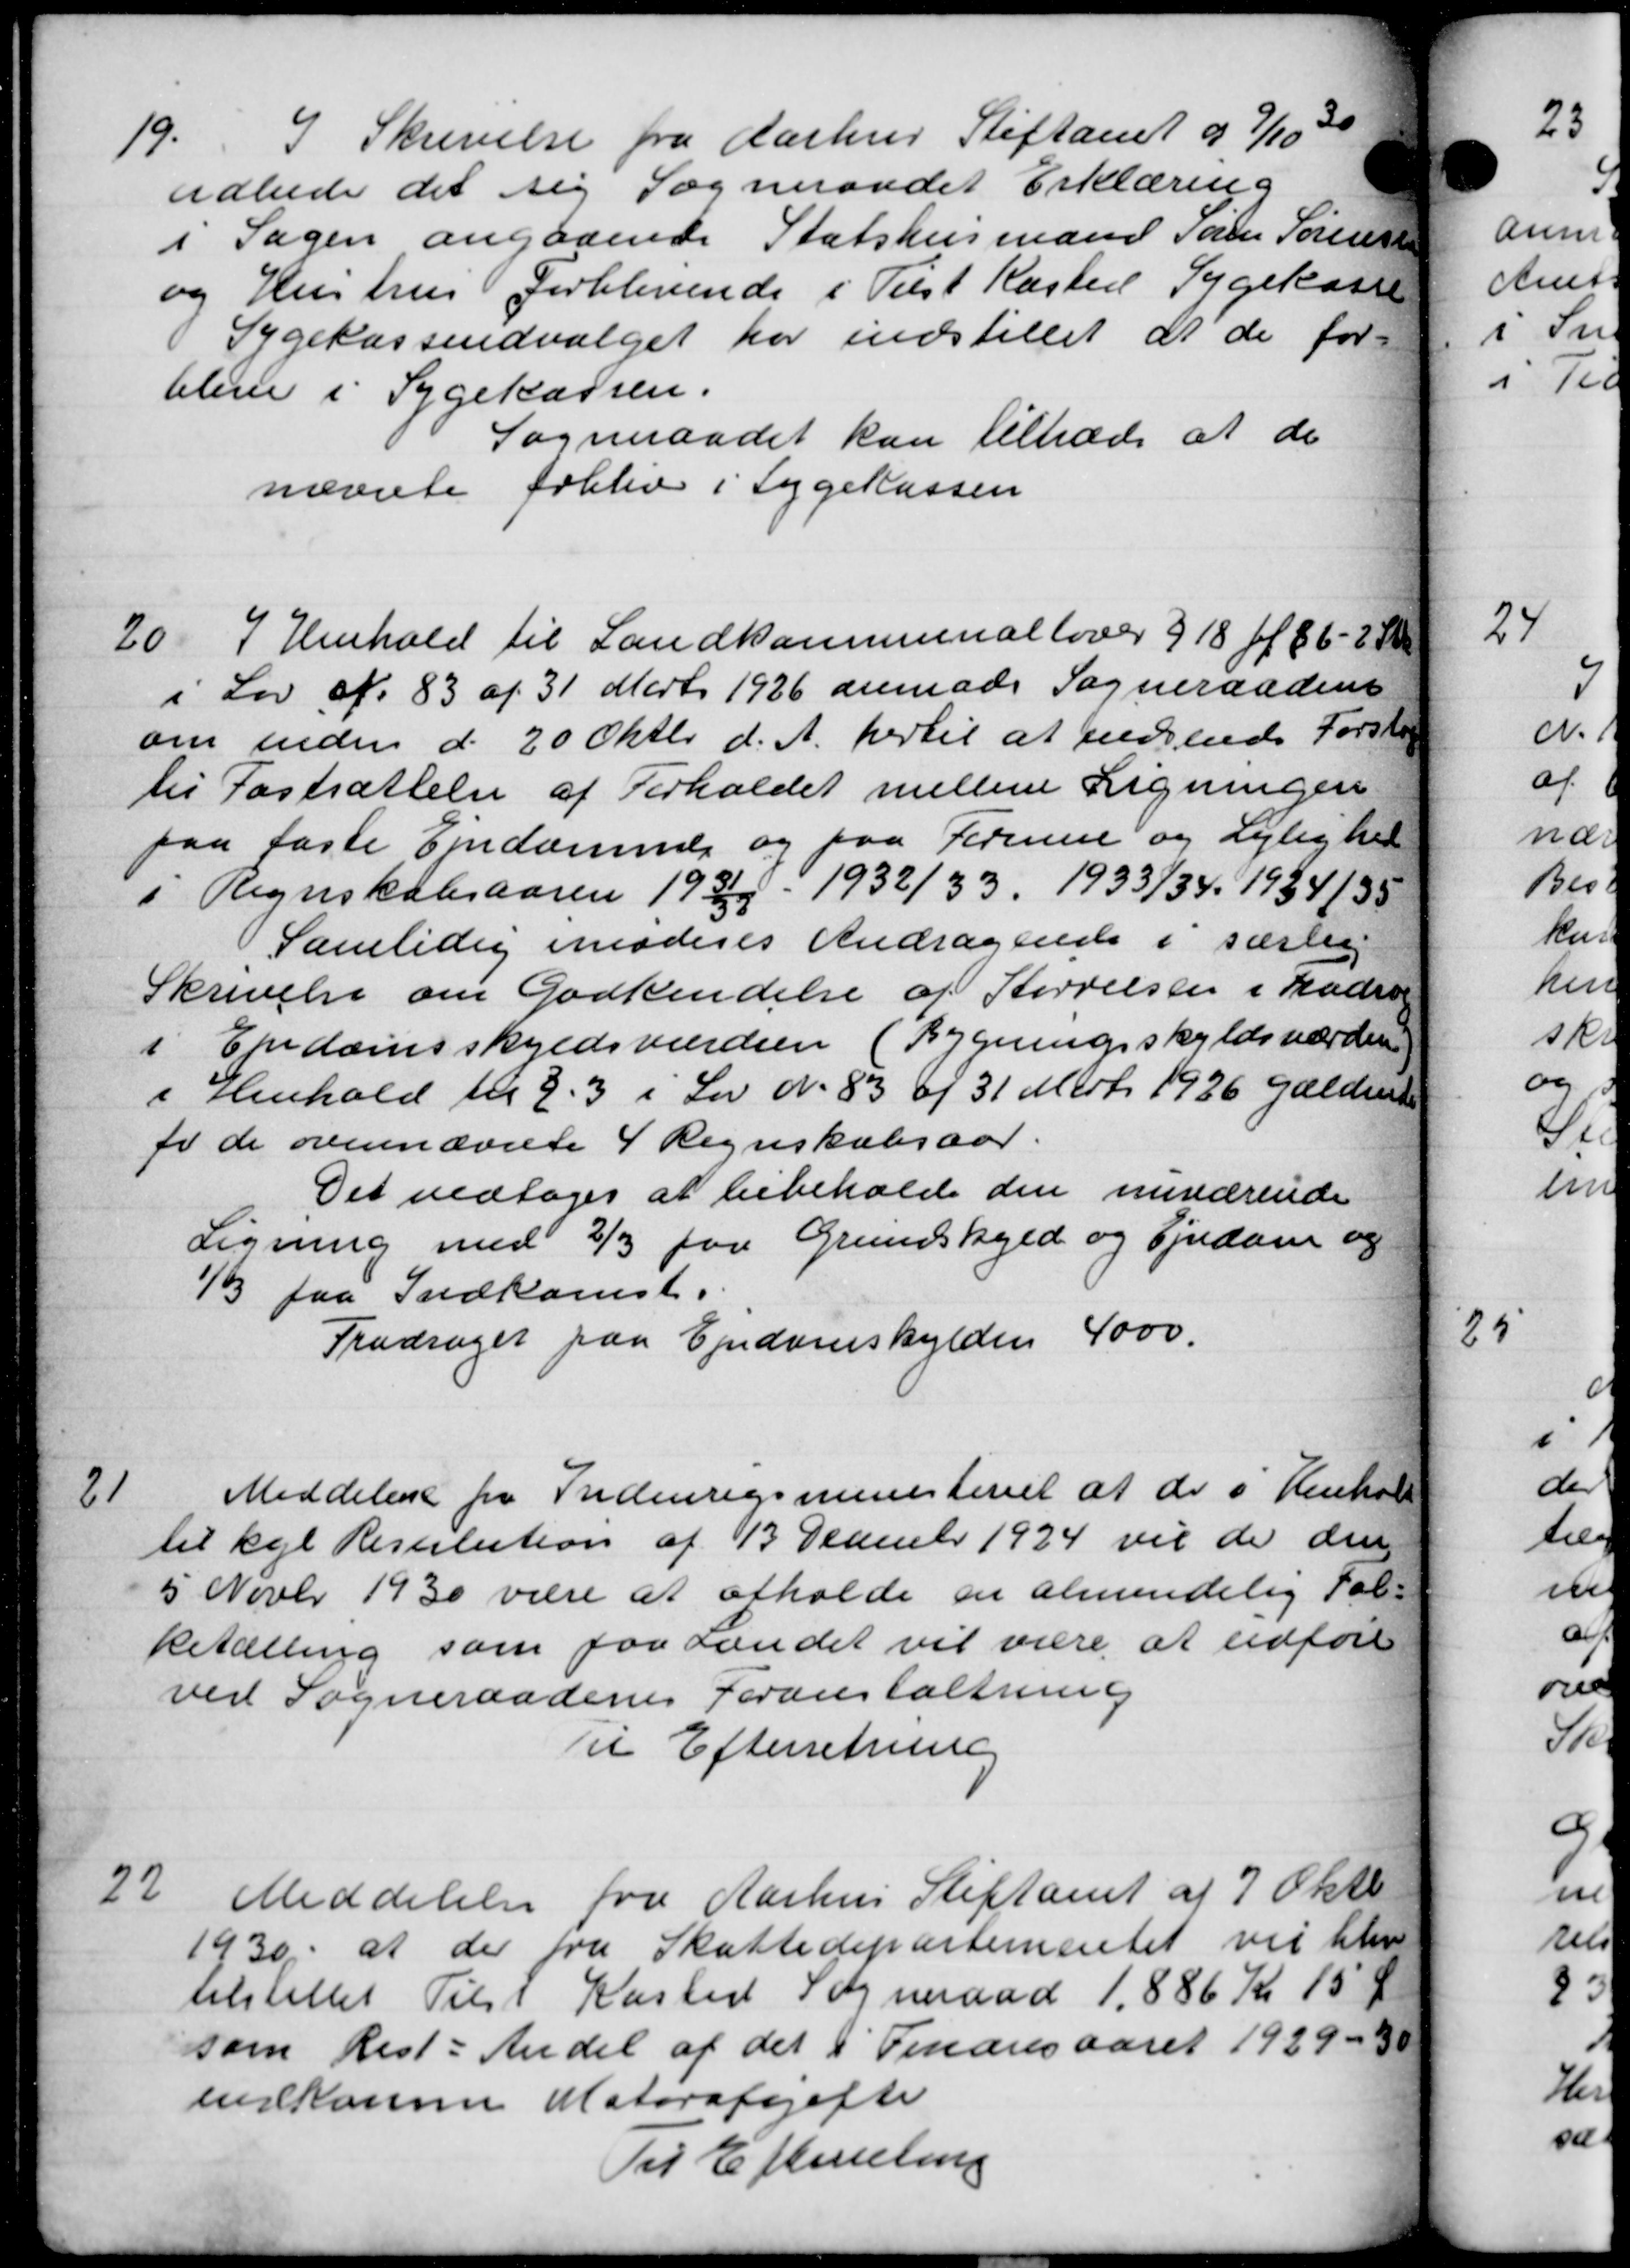
Transskription:
19.
I Skrivelse fra Aarhus Stiftamt d 9/10 30
udbede det sig Sogneraadet Erklæring
i Sagen angaaende Statshusmand Søren Sørensen
og Hustrus Forblivende i Tilst Kasted Sygekasse
Sygekasseudvalget har indstillet at de for-
bleve i Sygekassen.
Sogneraadet kan tiltræde at de
nævnte frblev i Sygekassen
20.
I Henhold til Landkommunaltover 918 af 86 - 2
i Lov af 83 af 31 Marts 1926 anmode Sogneraadent
om inden d. 20 Oktbr d. A. hertil at indsende Forsk
til Fastsættelse af Forholdet mellem Ligningen
paa faste Ejendommer og paa Formue og Lejlighe
i Regnskabsaaren 1930/9 1932/33 1933/34. 1934/35
Samtidig imoderes Andragende i særlig
Skrivelse om Godkendelse af Størrelsen i Kal
i Ejndomsskyldsværdien (Bygningsskyldsværd
i Henhold til 23 i Lov No 83 af 31 Marts 1926 gælde
fr de ovennævnte 4 Regnskabsaar.
Det vedtoges at bibeholde den nuværende
Ligning med 2/3 for Grundskyld og Ejendom og
1/3 paa Indkomst.
Fradraget paa Ejendomskylden 4000.
21
Meddelelse fra Indenrigsministeriet at de i Hens
til kgl Resolution af 13 December 1924 vil de der
5 Novbr 1930 være at afholde en almindelig Fo
ketælling som for Landet vil være at udfør
ved Sogneraadenes Foranstaltning
Til Efterretning.
22
Meddelelse fra Aarhus Stiftamt af 7 Okt.
1930 at der fra Skattedepartementet vil til
tilstillet Tilst Kasted Sogneraad 1.886 Kr 15
som Rest-Andel af det i Ter esaare 1 1929 -
indkomme Motorafaget
Til Efterretning